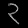
Digit: ၃